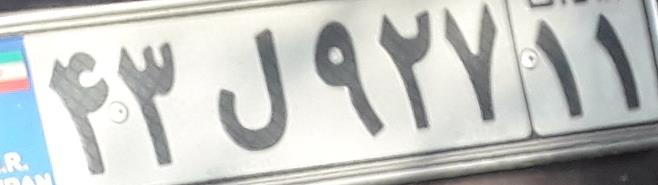
۴۳ل۹۲۷۱۱